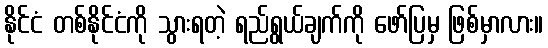
နိုင်ငံ တစ်နိုင်ငံကို သွားရတဲ့ ရည်ရွယ်ချက်ကို ဖော်ပြမှ ဖြစ်မှာလား။